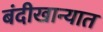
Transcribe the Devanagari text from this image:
बंदीखान्यात